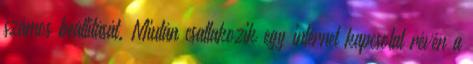
számos beállítását. Miután csatlakozik egy internet kapcsolat révén a